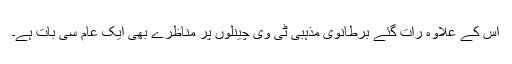
اس کے علاوہ رات گئے برطانوی مذہبی ٹی وی چینلوں پر مناظرے بھی ایک عام سی بات ہے۔